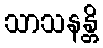
သာသနန္တိ